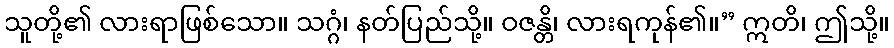
သူတို့၏ လားရာဖြစ်သော။ သဂ္ဂံ၊ နတ်ပြည်သို့။ ဝဇန္တိ၊ လားရကုန်၏။” ဣတိ၊ ဤသို့။